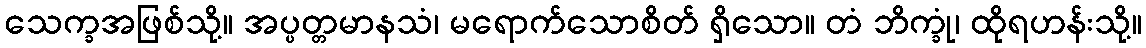
သေက္ခအဖြစ်သို့။ အပ္ပတ္တမာနသံ၊ မရောက်သောစိတ် ရှိသော။ တံ ဘိက္ခုံ၊ ထိုရဟန်းသို့။